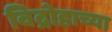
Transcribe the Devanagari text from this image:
विद्रोहाच्या